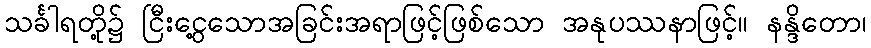
သင်္ခါရတို့၌ ငြီးငွေ့သောအခြင်းအရာဖြင့်ဖြစ်သော အနုပဿနာဖြင့်။ နန္ဒိတော၊